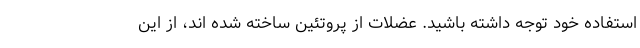
استفاده خود توجه داشته باشید. عضلات از پروتئین ساخته شده اند، از این